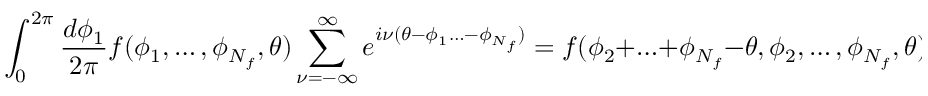
\int _ { 0 } ^ { 2 \pi } \frac { d \phi _ { 1 } } { 2 \pi } f ( \phi _ { 1 } , \ldots , \phi _ { N _ { f } } , \theta ) \sum _ { \nu = - \infty } ^ { \infty } e ^ { i \nu ( \theta - \phi _ { 1 } \ldots - \phi _ { N _ { f } } ) } = f ( \phi _ { 2 } + \ldots + \phi _ { N _ { f } } - \theta , \phi _ { 2 } , \ldots , \phi _ { N _ { f } } , \theta ) \; ,